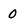
Character: 0